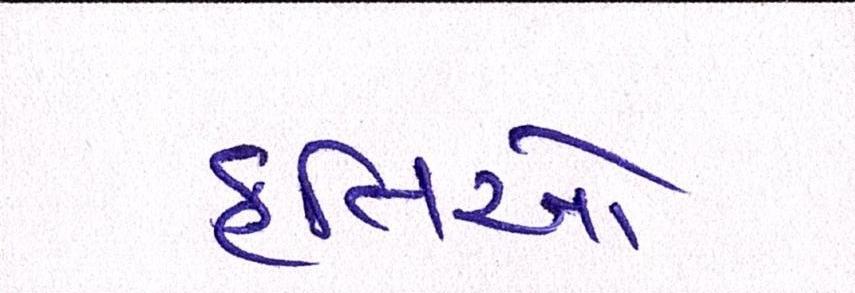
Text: કૃતિઓ